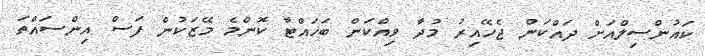
ކައުންސިލްއަށް ދައްކަން ޖެހޭއިރު މުދާ ވިއްކަން ބަހައްޓާ ކޮންމެ މޭޒަކުން ފަސް އިންސައްތަ